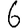
Digit: 6